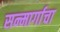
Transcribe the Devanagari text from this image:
सन्मार्गाचा